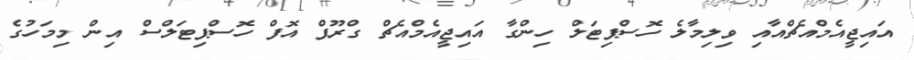
އައިޖީއެމްއެޗްއާއި ވިލިމާލެ ހޮސްޕިޓަލް ހިންގާ އައިޖީއެމްއެޗް ގްރޫޕް އޮފް ހޮސްޕިޓަލްސް އިން މިމަހުގެ